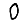
Digit: 0